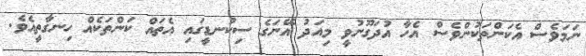
ނަމަވެސް އެކަންތަކުންވެސް އެހާ އުދަގޫނުވީ މިއަދު އޭނަގެ ސިކުނޑީގައި އެތައް ކަންތަކެއް ހިނގާތީއެވެ.